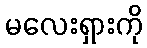
မလေးရှားကို